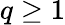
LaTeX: q\geq 1